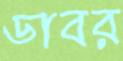
ডাবর